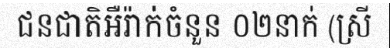
ជនជាតិអឺរ៉ាក់ចំនួន ០២នាក់ (ស្រី